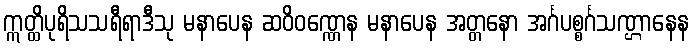
ဣတ္ထိပုရိသသရီရာဒီသု မနာပေန ဆဝိဝဏ္ဏေန မနာပေန အတ္တနော အင်္ဂပစ္စင်္ဂသဏ္ဌာနေန